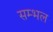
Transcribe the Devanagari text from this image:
सम्‍भल